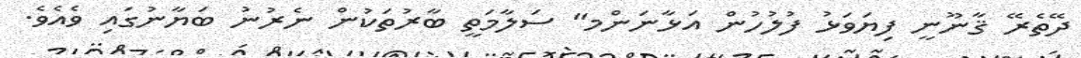
ދޭތެރޭ ޤާނޫނީ ފިޔަވަޅު ފުލުހުން އަޅާނަންމ" ސަލާމަތީ ބާރުތަކުން ނެރުނު ބަޔާނުގައި ވެއެވެ.